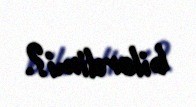
bilərdimi?.